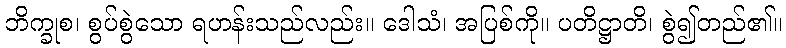
ဘိက္ခုစ၊ စွပ်စွဲသော ရဟန်းသည်လည်း။ ဒေါသံ၊ အပြစ်ကို။ ပတိဋ္ဌာတိ၊ စွဲ၍တည်၏။